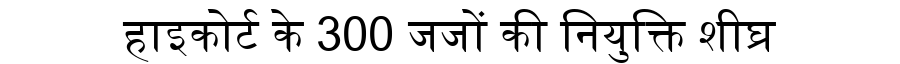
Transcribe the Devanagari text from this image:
हाइकोर्ट के 300 जजों की नियुक्ति शीघ्र